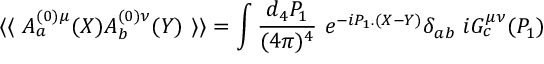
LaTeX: \langle \langle \ A _ { a } ^ { ( 0 ) \mu } ( X ) A _ { b } ^ { ( 0 ) \nu } ( Y ) \ \rangle \rangle = \int { \frac { d _ { 4 } P _ { 1 } } { ( 4 \pi ) ^ { 4 } } } \ e ^ { - i P _ { 1 } . ( X - Y ) } \delta _ { a b } \ i G _ { c } ^ { \mu \nu } ( P _ { 1 } )